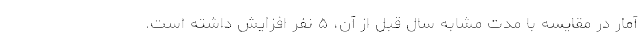
آمار در مقایسه با مدت مشابه سال قبل از آن، ۵ نفر افزایش داشته است.